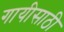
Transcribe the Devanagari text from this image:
गायीसाठी